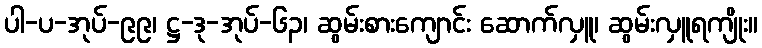
ပါ-ပ-အုပ်-၉၉၊ ဋ္ဌ-ဒု-အုပ်-၆၃၊ ဆွမ်းစားကျောင်း ဆောက်လှူ၊ ဆွမ်းလှူရကျိုး။